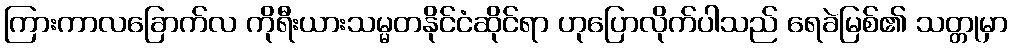
ကြားကာလခြောက်လ ကိုရီးယားသမ္မတနိုင်ငံဆိုင်ရာ ဟုပြောလိုက်ပါသည် ရေခဲမြစ်၏ သတ္တုမှာ